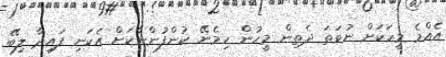
އެއްމެ މީހަކަށް ނުވަތަ ދެތިން މީހުން ހިމެނޭ ކުންފުންނާކަށް އެކަނި ފައިދާ ލިބޭ